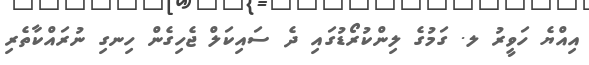
އިއްޔެ ހަވީރު ލ. ގަމުގެ ލިންކުރޯޑުގައި ދެ ސައިކަލް ޖެހިގެން ހިިނގި ނުރައްކާތެރި